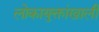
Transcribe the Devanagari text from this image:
लोकायुक्तांखाली